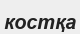
костқа